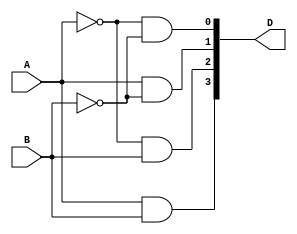
`timescale 1ns / 1ps
//////////////////////////////////////////////////////////////////////////////////
// Company: 
// Engineer: 
// 
// Design Name: 
// Module Name:    D2X4 
// Project Name: 
// Target Devices: 
// Tool versions: 
// Description: 
//
// Dependencies: 
//
// Revision: 
// Revision 0.01 - File Created
// Additional Comments: 
//
//////////////////////////////////////////////////////////////////////////////////
module D2X4(A,B,D);
input A,B;
output [3:0] D;  
assign D[0]=~A&(~B);
assign D[1]=A&(~B);
assign D[2]=~A&B;
assign D[3]=A&B;
endmodule